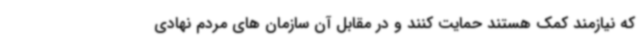
که نیازمند کمک هستند حمایت کنند و در مقابل آن سازمان های مردم نهادی